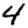
Digit: 4